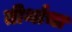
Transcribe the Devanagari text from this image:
तीर्थाचा